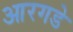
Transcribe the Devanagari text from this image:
आरगडे